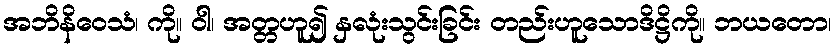
အဘိနိဝေသံ၊ ကို။ ဝါ၊ အတ္တဟူ၍ နှလုံးသွင်းခြင်း တည်းဟူသောဒိဋ္ဌိကို။ ဘယတော၊